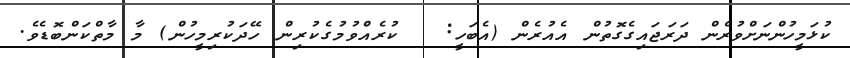
ކުޅަމީހުންނަށްވުރެން ދަރަޖައިގެގޮތުން އެއުރެން (އެބަހީ:   ކުރެއްވުމުގެކުރިން ހޭދަކުރިމީހުން) މާ މާތްކަންބޮޑެވެ.